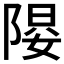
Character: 𱀤